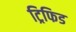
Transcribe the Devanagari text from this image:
ट्रिफिड